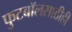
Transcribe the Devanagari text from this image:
फुटबॉलसाठीही